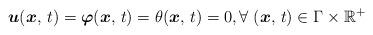
LaTeX: \begin{align*}\boldsymbol{u} (\boldsymbol{x},\,t)=\boldsymbol{\varphi} (\boldsymbol{x},\,t)=\theta (\boldsymbol{x},\,t)=0, \forall\; (\boldsymbol{x},\,t) \in \Gamma \times \mathbb{R}^{+}\end{align*}